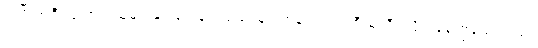
အပြီးအစီး ကောင်းသူများနှင့် သေနတ်သမားများကတော့ သဲကြီးမဲကြီး လိုက်နေကြသေးသည်။